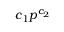
c _ { 1 } p ^ { c _ { 2 } }